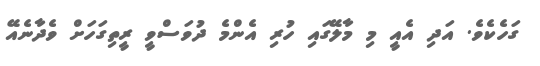
ގަހެކެވެ. އަދި އެއީ މި މާލޭގައި ހުރި އެންމެ ދުވަސްވީ ރީތިގަހަށް ވެދާނެއޭ